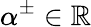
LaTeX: \alpha^{\pm}\in\mathbb{R}